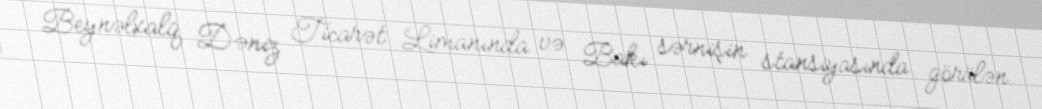
Beynəlxalq Dəniz Ticarət Limanında və Bakı sərnişin stansiyasında görülən